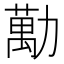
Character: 勱